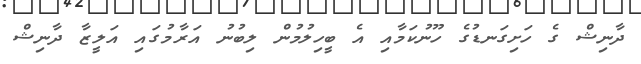
ދާނިޝް ގެ ހަށިގަނޑުގެ ހޫނުކަމާއި އެ ބީހިލުމުން ލިބުނު އަރާމުގައި އަލީޒާ ދާނިޝް